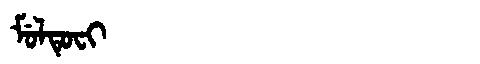
Manchu: ᠮᡠᠯᡨᡠᠸᡳ
Romanization: MULTUFI